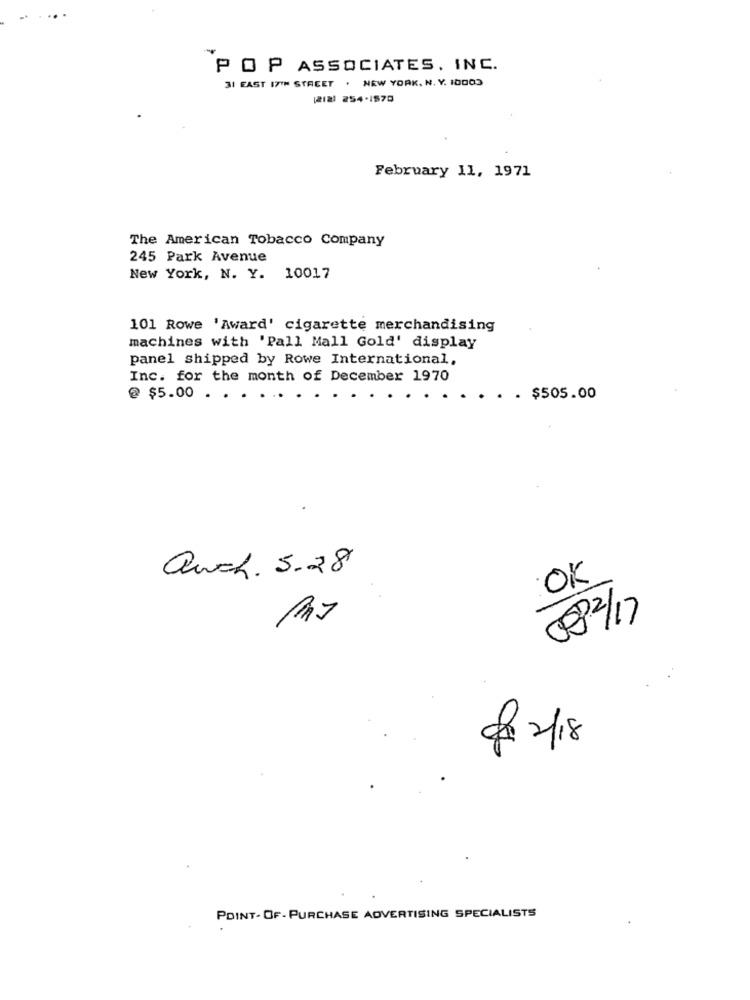
POP ASSOCIATES, INC.
31 EAST 17TH STREET . NEW YORK, N. Y. 10003
1212) 254-1570
February 11, 1971
The American Tobacco Company
245 Park Avenue
New York, N. Y. 10017
101 Rowe 'Award' cigarette merchandising
machines with 'Pall Mall Gold' display
panel shipped by Rowe International,
Inc. for the month of December 1970
@ $5.00
$505.00
auch. 5.28
OK
082/17
9 2/18
POINT- OF- PURCHASE ADVERTISING SPECIALISTS